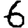
Digit: 6